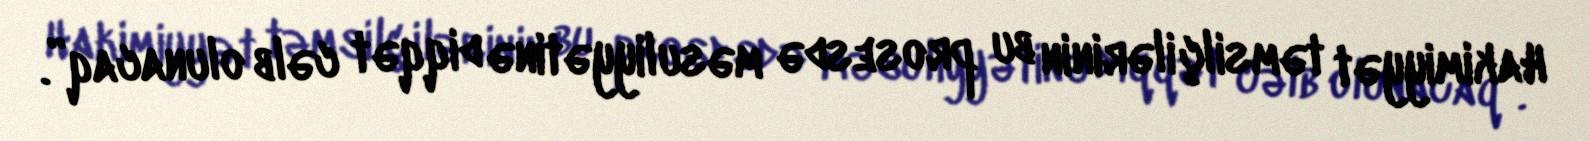
Hakimiyyət təmsilçilərinin bu prosesdə məsuliyyətinə diqqət cəlb olunacaq”.